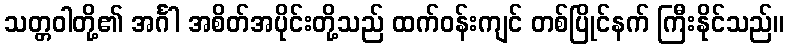
သတ္တဝါတို့၏ အင်္ဂါ အစိတ်အပိုင်းတို့သည် ထက်ဝန်းကျင် တစ်ပြိုင်နက် ကြီးနိုင်သည်။